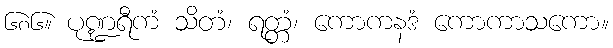
၆၈၆။ ပုဏ္ဍရီကံ သိတံ၊ ရတ္တံ၊ ကောကနဒံ ကောကာသကော။